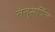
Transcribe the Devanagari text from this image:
तंतुसर्पिल